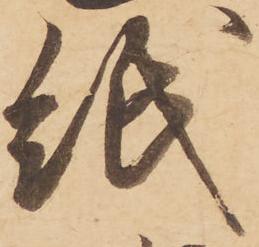
紙